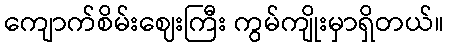
ကျောက်စိမ်းဈေးကြီး ကွမ်ကျိုးမှာရှိတယ်။